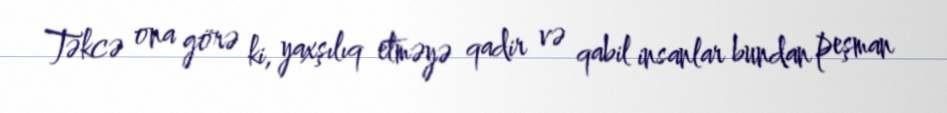
Təkcə ona görə ki, yaxşılıq etməyə qadir və qabil insanlar bundan peşman